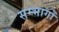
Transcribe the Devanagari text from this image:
सम्भागोँ